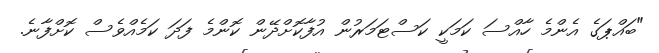
"ބައްޕަގެ އެންމެ ހާއްސަ ކަމަކީ ކަސްޓަމަރުން އުފާކޮށްދޭން ކޮންމެ ފަދަ ކަމެއްވެސް ކޮށްފާނެ.